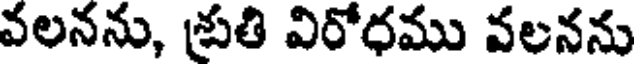
వలనను, శ్రుతి విరోధము వలనను